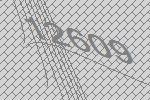
12609